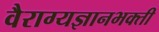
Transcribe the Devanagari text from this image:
वैराग्यज्ञानभक्ती